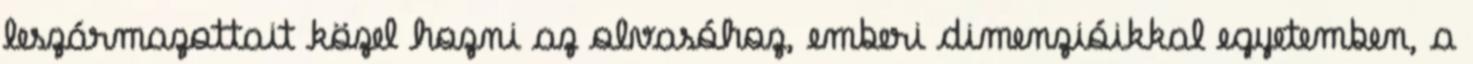
leszármazottait közel hozni az olvasóhoz, emberi dimenzióikkal egyetemben, a